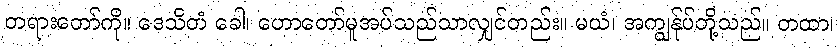
တရားတော်ကို။ ဒေသိတံ ခေါ၊ ဟောတော်မူအပ်သည်သာလျှင်တည်း။ မယံ၊ အကျွန်ုပ်တို့သည်။ တထာ၊